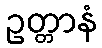
ဥတ္တာနံ